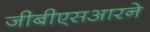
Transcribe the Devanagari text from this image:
जीबीएसआरने